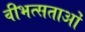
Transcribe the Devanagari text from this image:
वीभत्सताओं